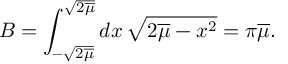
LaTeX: B = \int _ { - \sqrt { 2 \overline { { \mu } } } } ^ { \sqrt { 2 \overline { { \mu } } } } d x \, \sqrt { 2 \overline { { \mu } } - x ^ { 2 } } = \pi \overline { { \mu } } .